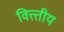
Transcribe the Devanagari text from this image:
वित्त्तीय